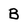
Character: B